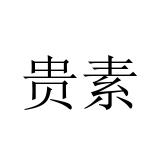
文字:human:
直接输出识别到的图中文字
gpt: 贵素